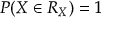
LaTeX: P ( X \in R _ { X } ) = 1